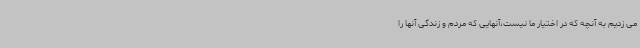
می زدیم به آنچه که در اختیار ما نیست،آنهایی که مردم و زندگی آنها را